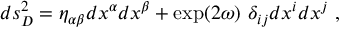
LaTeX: d s _ { D } ^ { 2 } = \eta _ { \alpha \beta } d x ^ { \alpha } d x ^ { \beta } + \exp ( 2 \omega ) ~ \delta _ { i j } d x ^ { i } d x ^ { j } ~ ,